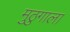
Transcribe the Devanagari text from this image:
मुठुगाला